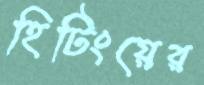
হিটিংয়ের